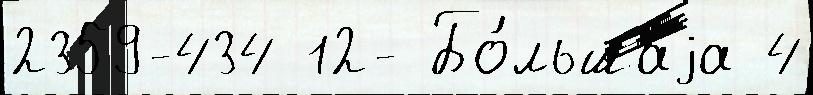
2359-434 12- Бо́льшаjа 4